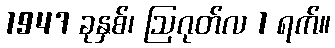
1947 ခုနှစ်၊ ဩဂုတ်လ 1 ရက်။